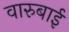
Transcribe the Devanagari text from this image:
वारुबाई